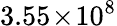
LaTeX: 3.55\! \times\! 10^{8}